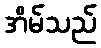
အိမ်သည်